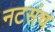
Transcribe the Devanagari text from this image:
नटसंच